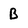
Character: B